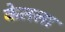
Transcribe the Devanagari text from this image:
केलला